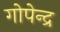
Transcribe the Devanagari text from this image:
गोपेन्द्र